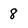
Character: 8